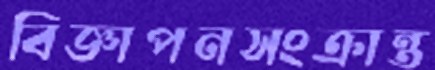
বিজ্ঞাপনসংক্রান্ত